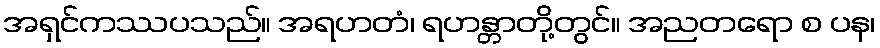
အရှင်ကဿပသည်။ အရဟတံ၊ ရဟန္တာတို့တွင်။ အညတရော စ ပန၊